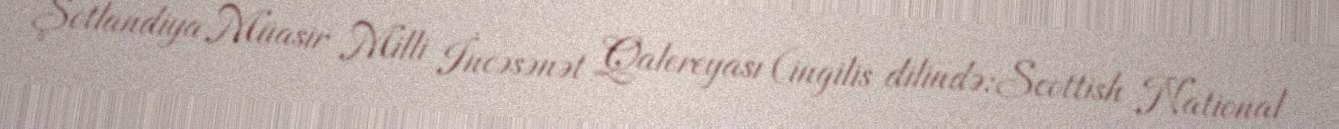
Şotlandiya Müasir Milli İncəsənət Qalereyası (ingilis dilində:Scottish National